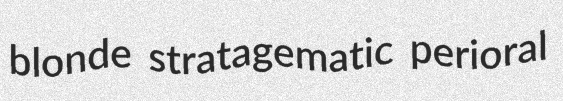
blonde stratagematic perioral